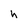
Character: h